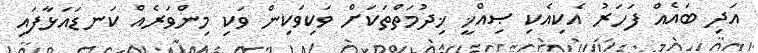
އަދި ބައެއް ފަހަރު އެކިއެކި ޞިއްޚީ ޚިދުމަތްތަކަށް ވަކިވަކިން ވަކި މިންވަރެއް ކަނޑައަޅާފައި